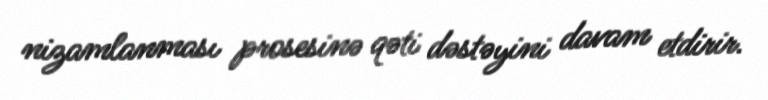
nizamlanması prosesinə qəti dəstəyini davam etdirir.